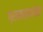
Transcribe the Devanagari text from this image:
ग्रामस्थांसह